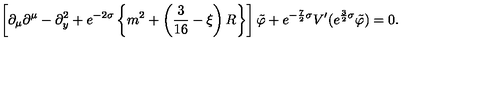
\left[ \partial _ { \mu } \partial ^ { \mu } - \partial _ { y } ^ { 2 } + e ^ { - 2 \sigma } \left\{ m ^ { 2 } + \left( \frac { 3 } { 1 6 } - \xi \right) R \right\} \right] \tilde { \varphi } + e ^ { - \frac { 7 } { 2 } \sigma } V ^ { \prime } ( e ^ { \frac { 3 } { 2 } \sigma } \tilde { \varphi } ) = 0 .